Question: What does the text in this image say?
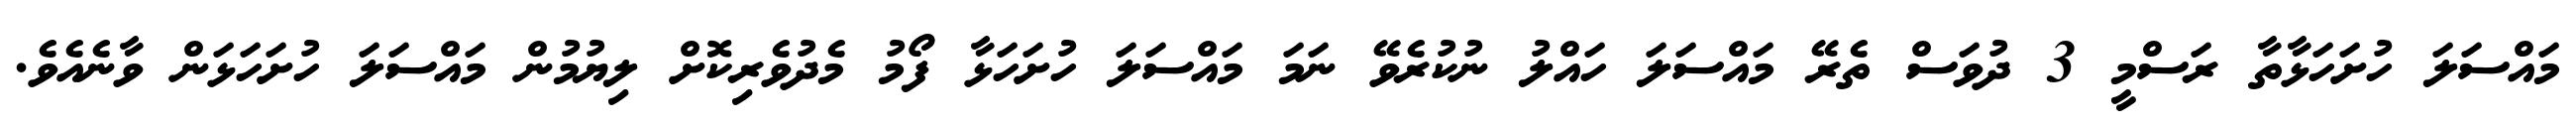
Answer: މައްސަލަ ހުށަހަޅާތާ ރަސްމީ 3 ދުވަސް ތެރޭ މައްސަލަ ހައްލު ނުކުރެވޭ ނަމަ މައްސަލަ ހުށަހަޅާ ފޯމު މެދުވެރިކޮށް ލިޔުމުން މައްސަލަ ހުށަހަޅަން ވާނެއެވެ.